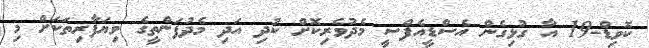
ކޮވިޑް-19 އާ ގުޅިގެން އެސްޑީއެފްސީ މެދުވެރިކޮށް ކުދި އަދި މެދުފަންތީގެ ވިޔަފާރިތަކަށް މި